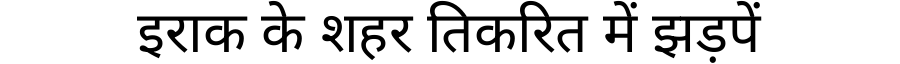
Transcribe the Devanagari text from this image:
इराक के शहर तिकरित में झड़पें